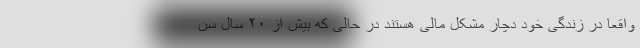
واقعا در زندگی خود دچار مشکل مالی هستند در حالی که بیش از ۲۰ سال سن